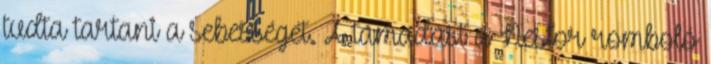
tudta tartani a sebességét. A támadást a Nestor romboló